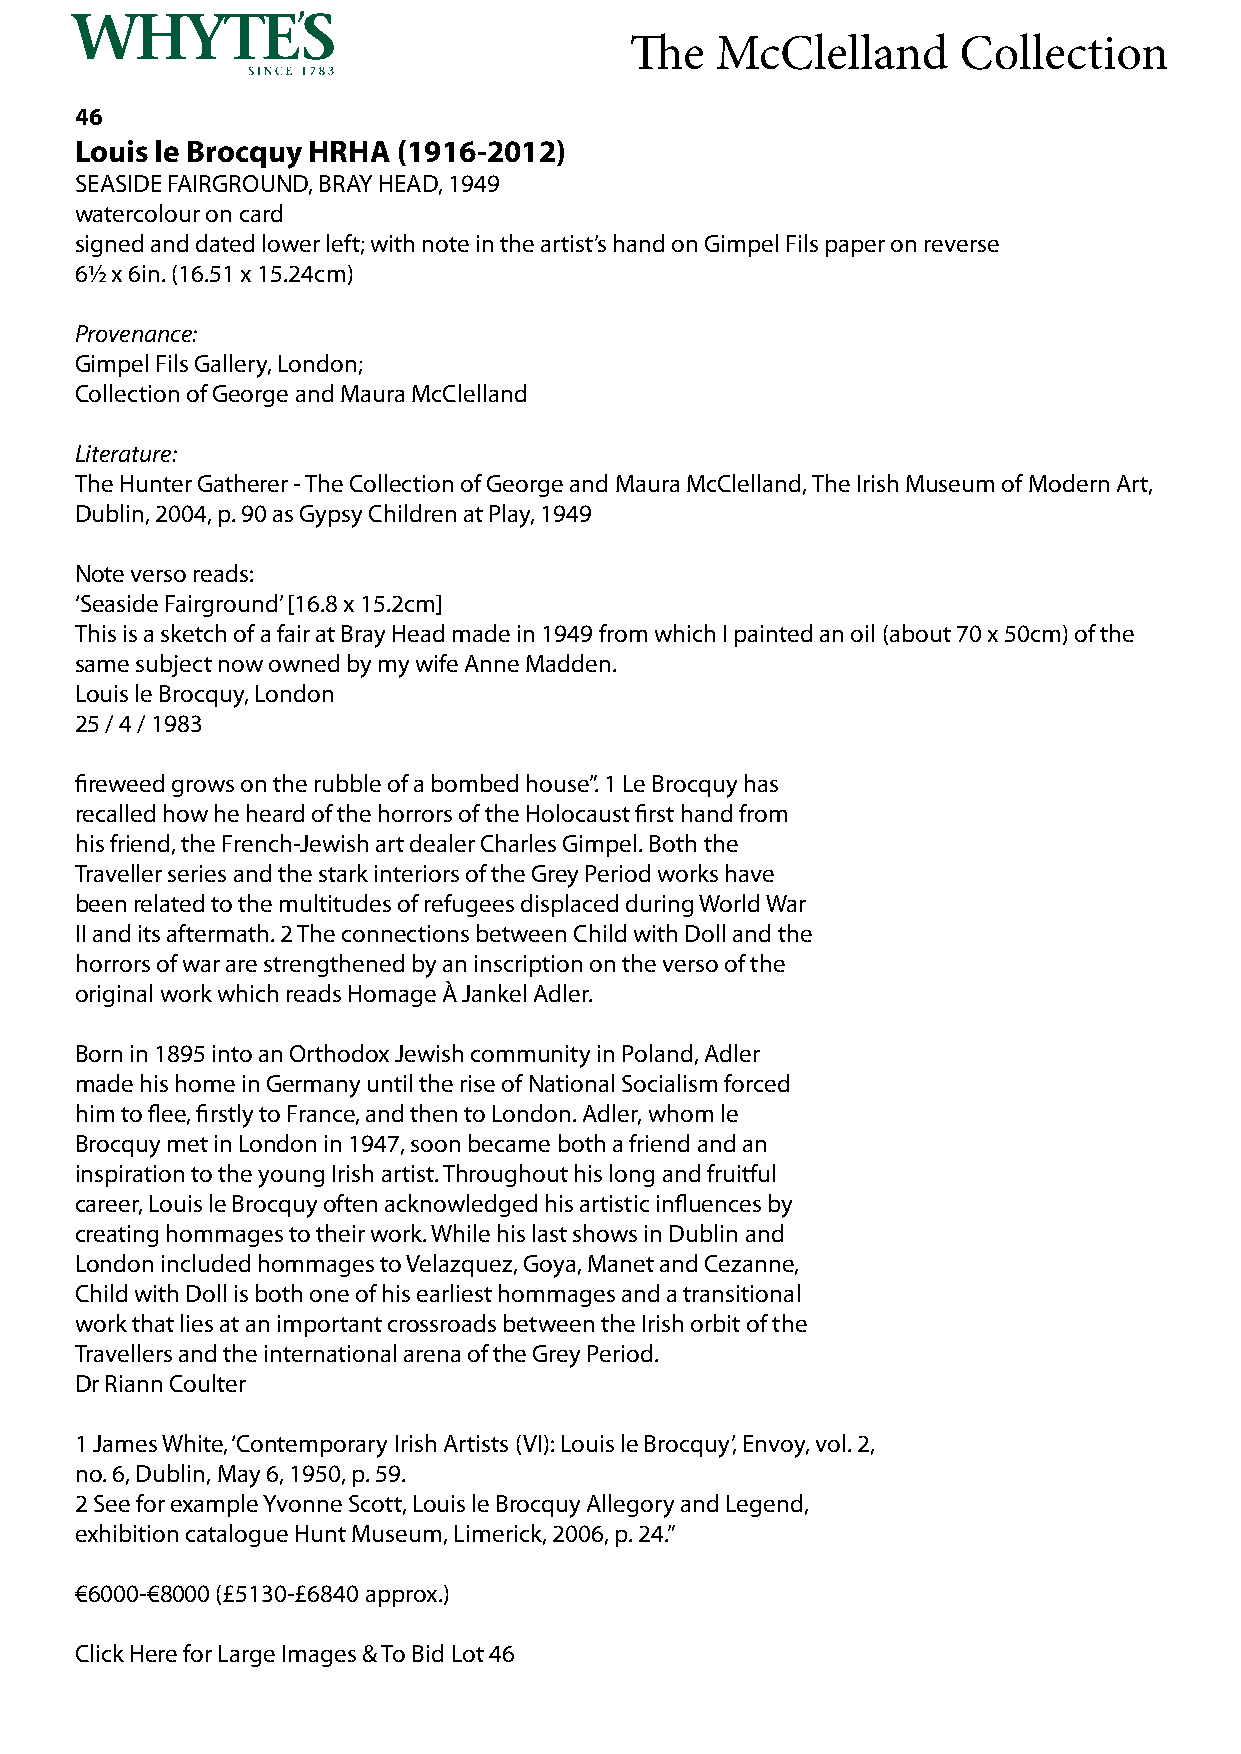
The  McClelland      Collection
 46
 Louis le Brocquy HRHA (1916-2012)
 SEASIDE FAIRGROUND, BRAY HEAD, 1949
 watercolour on card
 signed and dated lower left; with note in the artist’s hand on Gimpel Fils paper on reverse
 6½ x 6in. (16.51 x 15.24cm)
 Provenance:
 Gimpel Fils Gallery, London;
 Collection of George and Maura McClelland
 Literature:
 The Hunter Gatherer - The Collection of George and Maura McClelland, The Irish Museum of Modern Art,
 Dublin, 2004, p. 90 as Gypsy Children at Play, 1949
 Note verso reads:
 ‘Seaside Fairground’ [16.8 x 15.2cm]
 This is a sketch of a fair at Bray Head made in 1949 from which I painted an oil (about 70 x 50cm) of the
 same subject now owned by my wife Anne Madden.
 Louis le Brocquy, London
 25 / 4 / 1983
 fireweed grows on the rubble of a bombed house”. 1 Le Brocquy has
 recalled how he heard of the horrors of the Holocaust first hand from
 his friend, the French-Jewish art dealer Charles Gimpel. Both the
 Traveller series and the stark interiors of the Grey Period works have
 been related to the multitudes of refugees displaced during World War
 II and its aftermath. 2 The connections between Child with Doll and the
 horrors of war are strengthened by an inscription on the verso of the
 original work which reads Homage À Jankel Adler.
 Born in 1895 into an Orthodox Jewish community in Poland, Adler
 made his home in Germany until the rise of National Socialism forced
 him to flee, firstly to France, and then to London. Adler, whom le
 Brocquy met in London in 1947, soon became both a friend and an
 inspiration to the young Irish artist. Throughout his long and fruitful
 career, Louis le Brocquy often acknowledged his artistic influences by
 creating hommages to their work. While his last shows in Dublin and
 London included hommages to Velazquez, Goya, Manet and Cezanne,
 Child with Doll is both one of his earliest hommages and a transitional
 work that lies at an important crossroads between the Irish orbit of the
 Travellers and the international arena of the Grey Period.
 Dr Riann Coulter
 1 James White, ‘Contemporary Irish Artists (VI): Louis le Brocquy’, Envoy, vol. 2,
 no. 6, Dublin, May 6, 1950, p. 59.
 2 See for example Yvonne Scott, Louis le Brocquy Allegory and Legend,
 exhibition catalogue Hunt Museum, Limerick, 2006, p. 24.”
 €6000-€8000 (£5130-£6840 approx.)
 Click Here for Large Images & To Bid Lot 46